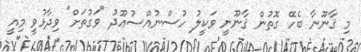
މި ޤާނޫނާ ބެހޭ ގޮތުން ޤާނޫނީ ވަކީލު ހުސްނުއްސުޢޫދު "ވަގުތަށް" ވިދާޅުވީ މިއީ